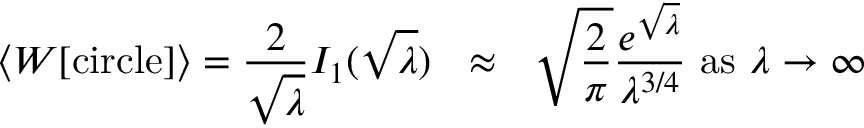
\langle W [ \mathrm { c i r c l e } ] \rangle = \frac { 2 } { \sqrt { \lambda } } I _ { 1 } ( \sqrt { \lambda } ) ~ ~ \approx ~ ~ \sqrt { \frac { 2 } { \pi } } \frac { e ^ { \sqrt { \lambda } } } { \lambda ^ { 3 / 4 } } ~ \mathrm { a s } ~ \lambda \to \infty